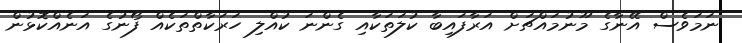
ނަމަވެސް އޭނާގެ މޫނުމައްޗަށް އަރާފައިބާ ކުލަތަކާއި ގެންނަ ކުއްލި ހަރަކާތްތަކެއް ފޯނުގެ އަނެއްކޮޅުން